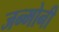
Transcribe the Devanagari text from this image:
जन्मोनी